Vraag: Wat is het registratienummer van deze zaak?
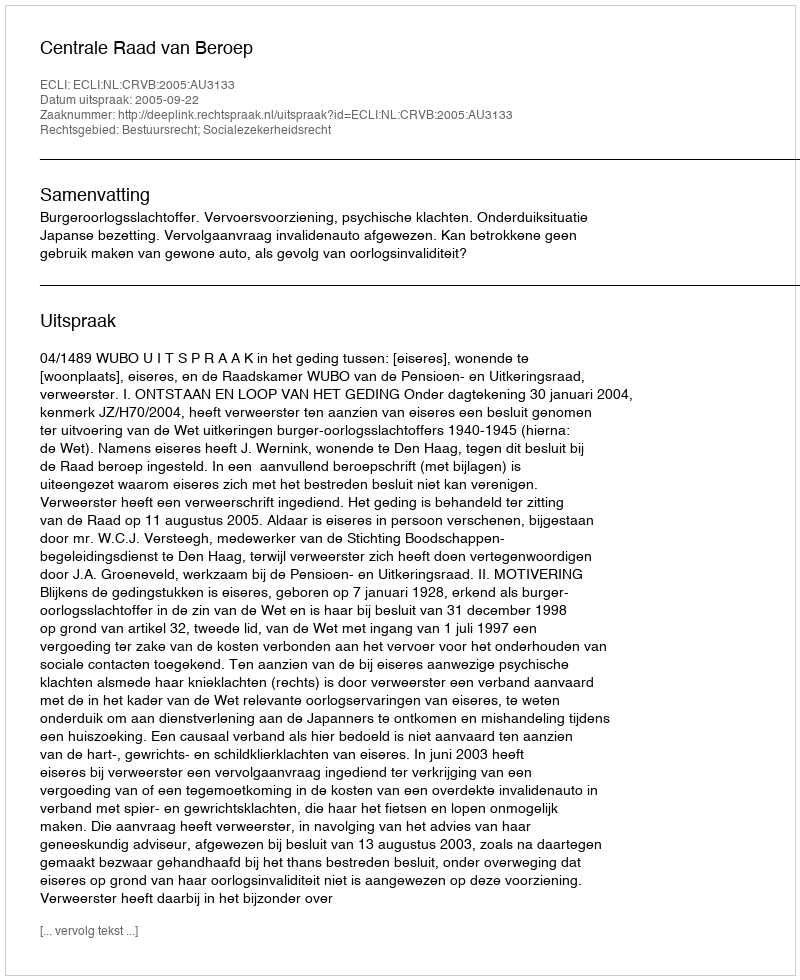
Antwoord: http://deeplink.rechtspraak.nl/uitspraak?id=ECLI:NL:CRVB:2005:AU3133